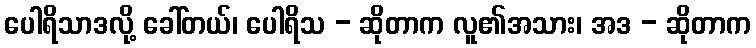
ပေါရိသာဒလို့ ခေါ်တယ်၊ ပေါရိသ - ဆိုတာက လူ၏အသား၊ အဒ - ဆိုတာက